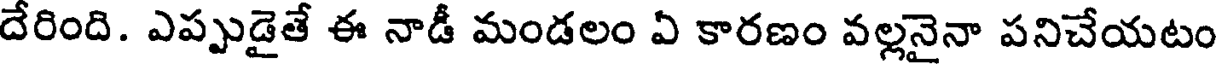
దేరింది. ఎప్పుడైతే ఈ నాడీ మండలం ఏ కారణం వల్లనైనా పనిచేయటం